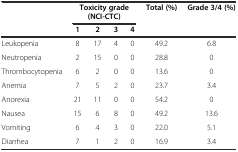
<table><thead><tr><td></td><td colspan="4"><b>Toxicity grade (NCI-CTC)</b></td><td><b>Total (%)</b></td><td><b>Grade 3/4 (%)</b></td></tr><tr><td></td><td><b>1</b></td><td><b>2</b></td><td><b>3</b></td><td><b>4</b></td><td></td><td></td></tr></thead><tbody><tr><td>Leukopenia</td><td>8</td><td>17</td><td>4</td><td>0</td><td>49.2</td><td>6.8</td></tr><tr><td>Neutropenia</td><td>2</td><td>15</td><td>0</td><td>0</td><td>28.8</td><td>0</td></tr><tr><td>Thrombocytopenia</td><td>6</td><td>2</td><td>0</td><td>0</td><td>13.6</td><td>0</td></tr><tr><td>Anemia</td><td>7</td><td>5</td><td>2</td><td>0</td><td>23.7</td><td>3.4</td></tr><tr><td>Anorexia</td><td>21</td><td>11</td><td>0</td><td>0</td><td>54.2</td><td>0</td></tr><tr><td>Nausea</td><td>15</td><td>6</td><td>8</td><td>0</td><td>49.2</td><td>13.6</td></tr><tr><td>Vomiting</td><td>6</td><td>4</td><td>3</td><td>0</td><td>22.0</td><td>5.1</td></tr><tr><td>Diarrhea</td><td>7</td><td>1</td><td>2</td><td>0</td><td>16.9</td><td>3.4</td></tr></tbody></table>